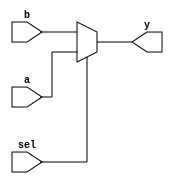
module mux (
   output wire [31:0] y,     // Output of Multiplexer
   input wire  [31:0] a,     // Input 1 of Multiplexer
                      b,     // Input 0 of Multiplexer
   input wire  sel           // Select Input
   );
   
   assign	y = sel ? a : b;
endmodule // mux